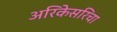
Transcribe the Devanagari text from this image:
अरिकेसरिचा